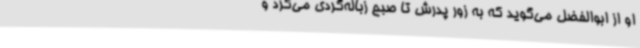
او از ابوالفضل می‌گوید که به زور پدرش تا صبح زباله‌گردی می‌کرد و